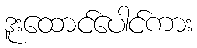
ဒူးထောင်ပေါင်ကား